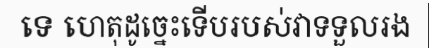
ទេ ហេតុដូច្នេះទើបរបស់វាទទួលរង